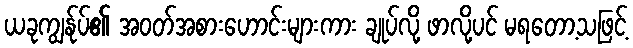
ယခုကျွန်ုပ်၏ အဝတ်အစားဟောင်းများကား ချုပ်လို့ ဖာလို့ပင် မရတော့သဖြင့်